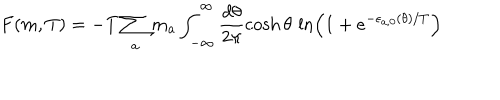
F ( m , T ) = - T \sum _ { a } m _ { a } \int _ { - \infty } ^ { \infty } \frac { d \theta } { 2 \pi } \cosh \theta \, \ln \left( 1 + e ^ { - \epsilon _ { a , 0 } ( \theta ) / T } \right)